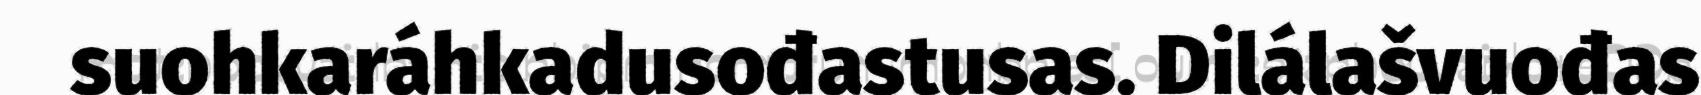
suohkaráhkadusođastusas. Dilálašvuođas